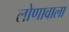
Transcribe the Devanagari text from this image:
लोणावाला